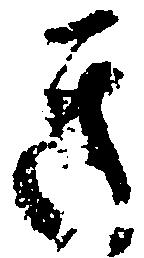
き